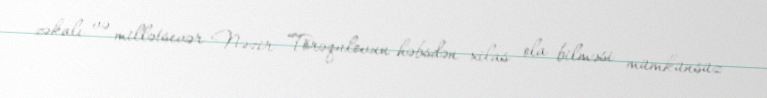
zəkalı və millətsevər Nəzir Törəqulovun həbsdən xilas ola bilməsi mümkünsüz